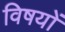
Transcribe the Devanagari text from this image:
विषयाें